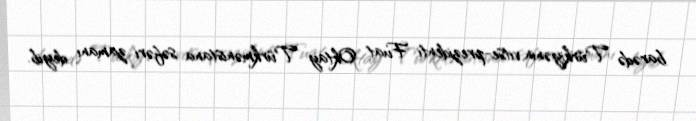
barədə Türkiyənin vitse-prezidenti Fuat Oktay Türkmənistana səfəri zamanı deyib.